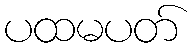
ပထမပတ်